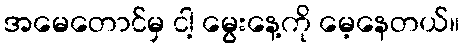
အမေတောင်မှ ငါ့ မွေးနေ့ကို မေ့နေတယ်။